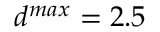
d ^ { m a x } = 2 . 5